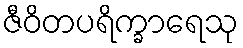
ဇီဝိတပရိက္ခာရေသု